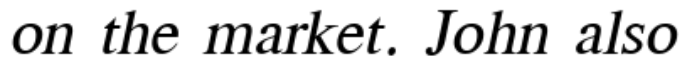
on the market. John also